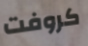
كروفت